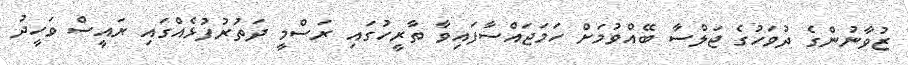
ޒުވާނުންގެ ދުވަހުގެ ޖަލްސާ ބޭއްވުމަށް ހަމަޖައްސާފައިވާ ތާރީހުގައި ރަސްމީ ދަތުރުފުޅެއްގައި ރައީސް ވަހީދު